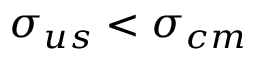
\sigma _ { u s } < \sigma _ { c m }